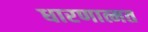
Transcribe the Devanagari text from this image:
धारणात्मत